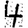
Digit: 4